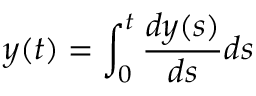
y ( t ) = \int _ { 0 } ^ { t } \frac { d y ( s ) } { d s } d s